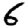
Digit: 6